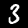
Label: 3